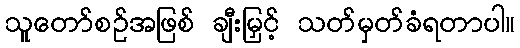
သူတော်စဉ်အဖြစ် ချီးမြှင့် သတ်မှတ်ခံရတာပါ။